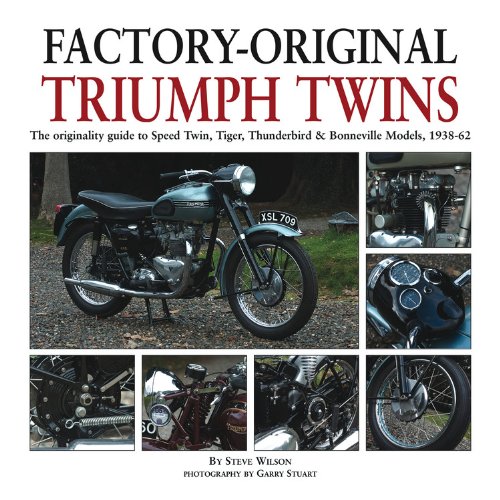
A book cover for Factory-Original Triumph Twins: The originality guide to Speed Twin, Tiger, Thunderbird & Bonneville Models, 1938-62; Steve Wilson; Engineering & Transportation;